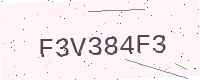
Text: F3V384F3